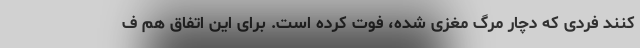
کنند فردی که دچار مرگ مغزی شده، فوت کرده است. برای این اتفاق هم ف